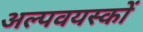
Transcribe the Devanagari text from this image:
अल्पवयस्कों